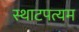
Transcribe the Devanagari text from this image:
स्थाटपत्यम